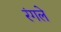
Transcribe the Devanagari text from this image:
रंगले